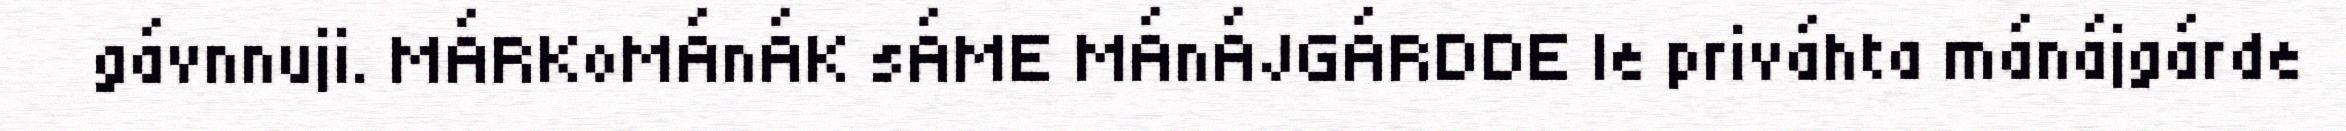
gávnnuji. MÁRKoMÁnÁK sÁME MÁnÁJGÁRDDE le priváhta mánájgárde